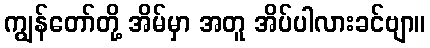
ကျွန်တော်တို့ အိမ်မှာ အတူ အိပ်ပါလားခင်ဗျာ။